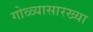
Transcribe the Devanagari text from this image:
गोळ्यासारख्या